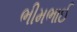
ભીમભાઈ